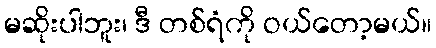
မဆိုးပါဘူး၊ ဒီ တစ်ရံကို ဝယ်တော့မယ်။